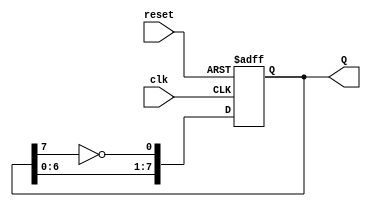
module johnson_counter (
    input wire clk,      // Clock input
    input wire reset,    // Reset input
    output reg [7:0] Q   // 8-bit output representing the counter state
);

// Always block triggered on the rising edge of the clock or on reset
always @(posedge clk or posedge reset) begin
    if (reset) begin
        // Reset the counter to 0
        Q <= 8'b00000000;
    end else begin
        // Johnson counter logic
        Q <= {Q[6:0], ~Q[7]}; // Shift right and feed inverted last bit to the first
    end
end

endmodule